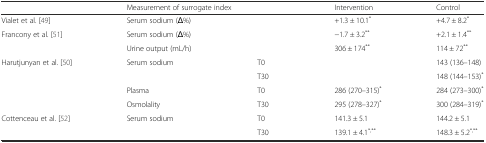
<table><thead><tr><td></td><td colspan="2"><b>Measurement of surrogate index</b></td><td><b>Intervention</b></td><td><b>Control</b></td></tr></thead><tbody><tr><td>Vialet et al. [49]</td><td>Serum sodium (Δ%)</td><td></td><td>+1.3 ± 10.1<sup>*</sup></td><td>+4.7 ± 8.2<sup>*</sup></td></tr><tr><td rowspan="2">Francony et al. [51]</td><td>Serum sodium (Δ%)</td><td></td><td>−1.7 ± 3.2<sup>**</sup></td><td>+2.1 ± 1.4<sup>**</sup></td></tr><tr><td>Urine output (mL/h)</td><td></td><td>306 ± 174<sup>**</sup></td><td>114 ± 72<sup>**</sup></td></tr><tr><td rowspan="4">Harutjunyan et al. [50]</td><td rowspan="2">Serum sodium</td><td>T0</td><td></td><td>143 (136–148)</td></tr><tr><td>T30</td><td></td><td>148 (144–153)<sup>*</sup></td></tr><tr><td>Plasma</td><td>T0</td><td>286 (270–315)<sup>*</sup></td><td>284 (273–300)<sup>*</sup></td></tr><tr><td>Osmolality</td><td>T30</td><td>295 (278–327)<sup>*</sup></td><td>300 (284–319)<sup>*</sup></td></tr><tr><td rowspan="2">Cottenceau et al. [52]</td><td rowspan="2">Serum sodium</td><td>T0</td><td>141.3 ± 5.1</td><td>144.2 ± 5.1</td></tr><tr><td>T30</td><td>139.1 ± 4.1<sup>*,**</sup></td><td>148.3 ± 5.2<sup>*,**</sup></td></tr></tbody></table>